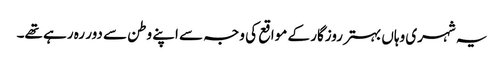
یہ شہری وہاں بہتر روزگار کے مواقع کی وجہ سے اپنے وطن سے دور رہ رہے تھے۔